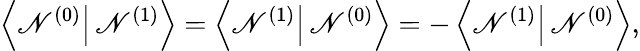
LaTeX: \left\langle\mathscr{N}^{(0)}\right|\left.\mathscr{N}^{(1)}\right\rangle=\left\langle\mathscr{N}^{(1)}\right|\left.\mathscr{N}^{(0)}\right\rangle=-\left\langle\mathscr{N}^{(1)}\right|\left.\mathscr{N}^{(0)}\right\rangle,